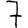
Digit: 7